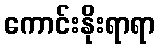
ကောင်းနိုးရာရာ